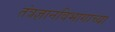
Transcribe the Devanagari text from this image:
तंत्रज्ञानविभागाच्या